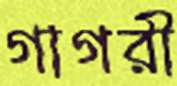
গাগরী